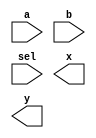
module router(
    input [7:0] a,
    input [7:0] b,
    input [1:0] sel,
    output [7:0] x,
    output [7:0] y
);

    // TODO: write your code here

endmodule